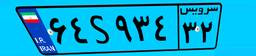
۳۴S۲۲۹۹۸